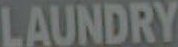
LAUNDRY